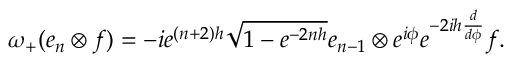
\omega _ { + } ( e _ { n } \otimes f ) = - i e ^ { ( n + 2 ) h } \sqrt { 1 - e ^ { - 2 n h } } e _ { n - 1 } \otimes e ^ { i \phi } e ^ { - 2 i h \frac { d } { d \phi } } f .